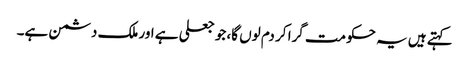
کہتے ہیں یہ حکومت گرا کر دم لوں گا، جو جعلی ہے اور ملک دشمن ہے۔